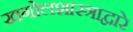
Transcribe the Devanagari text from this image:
खगोलशास्त्राद्वारे